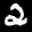
Label: 2